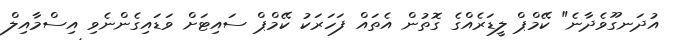
އުދަނގޫވެދާނެ" ކޭމްޕް ލީޑަރެއްގެ ގޮތުން އެތައް ފަހަރަކު ކޭމްޕް ސައިޓަށް ވަޑައިގެންނެވި އިސްމާއިލް